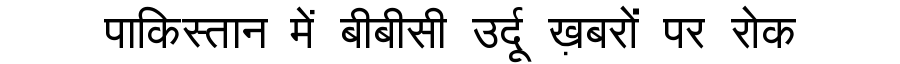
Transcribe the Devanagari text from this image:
पाकिस्तान में बीबीसी उर्दू ख़बरों पर रोक